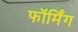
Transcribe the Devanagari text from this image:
फॉर्मिंग